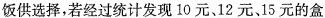
饭供选择，若经过统计发现10元、12元、15元的盒